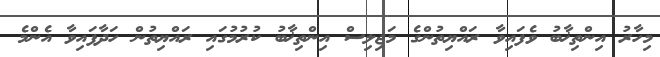
މިހާރު އިންތިޚާބު ވެފައިވާ ރައްޔިތުންގެ މަޖިލިސް އިންތިޚާބު ކުރުމުގައި ރައްޔިތުން ހަދާފައިވާ އެންމެ